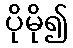
ပိုမို၍